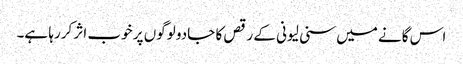
اس گانے میں سنی لیونی کے رقص کا جادو لوگوں پر خوب اثر کررہا ہے۔